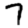
Digit: 7